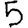
Digit: 5